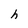
Character: h